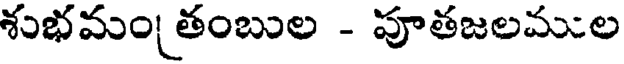
శుభమం తంబుల - పూతజలముల